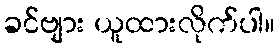
ခင်ဗျား ယူထားလိုက်ပါ။